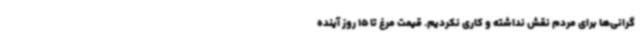
گرانی‌ها برای مردم نقش نداشته و کاری نکردیم. قیمت مرغ تا 15 روز آینده